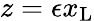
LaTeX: z=\epsilon x_{\mathrm{{L}}}